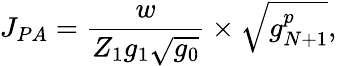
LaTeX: J_{PA}=\frac{w}{Z_{1}g_{1}\sqrt{g_{0}}}\times\sqrt{g_{N+1}^{p}},